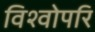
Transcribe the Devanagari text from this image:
विश्वोपरि